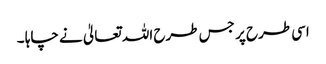
اسی طرح پر جس طرح اللہ تعالیٰ نے چاہا ۔